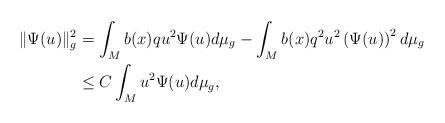
LaTeX: \begin{align*}\Vert\Psi(u)\Vert_{g}^{2} & =\int_{M}b(x)qu^{2}\Psi(u)d\mu_{g}-\int_{M}b(x)q^{2}u^{2}\left( \Psi(u)\right) ^{2}d\mu_{g}\\& \leq C\int_{M}u^{2}\Psi(u)d\mu_{g},\end{align*}